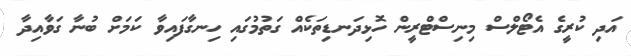
އަދި ކުރީގެ އެޓޯލްސް މިނިސްޓްރީން ހޮޅިދަނޑިތަކެއް ގަތުމުގައި ހިނގާފައިވާ ކަމަށް ބުނާ ގަވާއިދާ